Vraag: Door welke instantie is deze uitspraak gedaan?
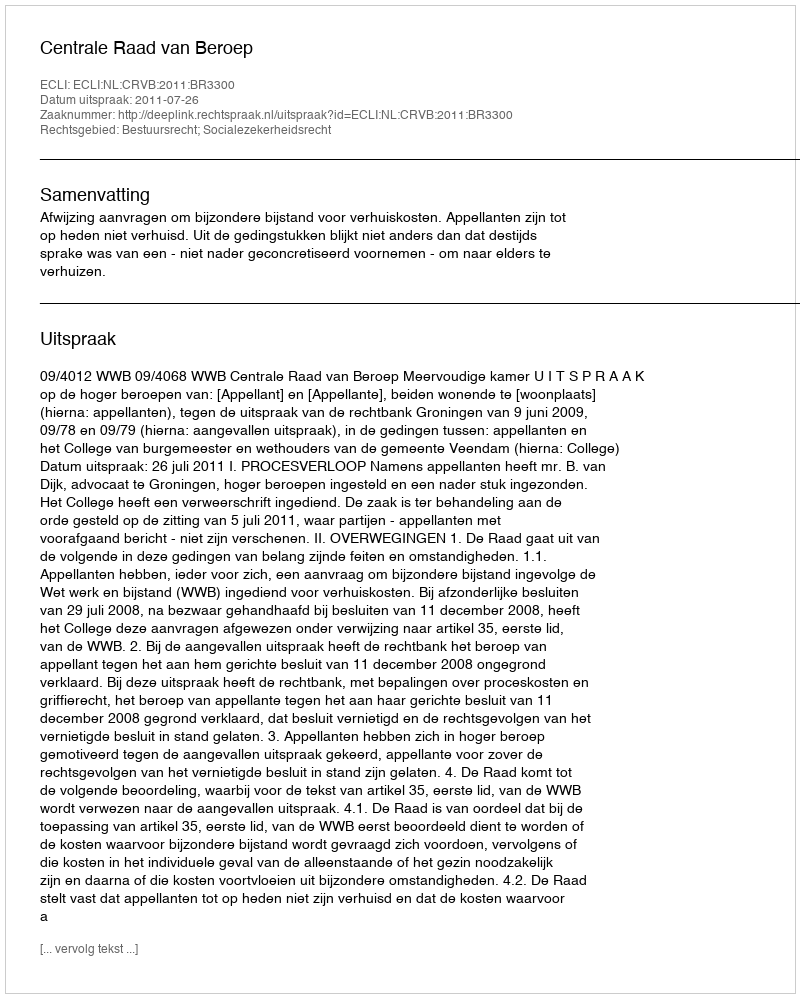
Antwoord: Centrale Raad van Beroep